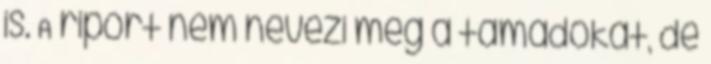
is. A riport nem nevezi meg a támadókat, de